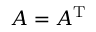
A = A ^ { \mathrm { T } }